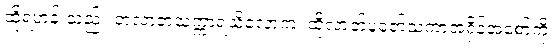
ထိုရဟန်းသည်။ တလာဘသက္ကာရသိလောကံ၊ ထိုလာဘ်ပူဇော်သကာအရှိန်အစော်ကို။